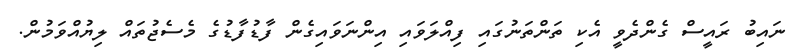
ނައިބު ރައީސް ގެންދެވީ އެކި ތަންތަނުގައި ފިއްލަވައި އިންނަވައިގެން ފާޑުފާޑުގެ މެސެޖުތައް ލިޔުއްވަމުން.